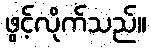
ဖွင့်လိုက်သည်။